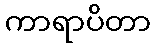
ကာရာပိတာ